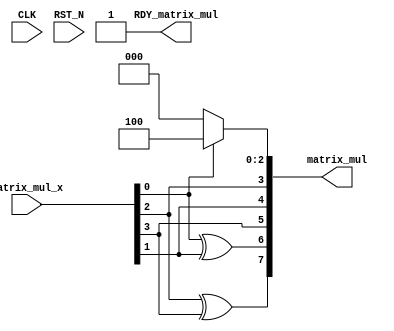
//
// Generated by Bluespec Compiler, version 2014.05.C (build 33930, 2014-05-28)
//
// On Tue Apr  3 21:19:46 IST 2018
//
//
// Ports:
// Name                         I/O  size props
// matrix_mul                     O     8
// RDY_matrix_mul                 O     1 const
// CLK                            I     1 unused
// RST_N                          I     1 unused
// matrix_mul_x                   I     4
//
// Combinational paths from inputs to outputs:
//   matrix_mul_x -> matrix_mul
//
//

`ifdef BSV_ASSIGNMENT_DELAY
`else
  `define BSV_ASSIGNMENT_DELAY
`endif

`ifdef BSV_POSITIVE_RESET
  `define BSV_RESET_VALUE 1'b1
  `define BSV_RESET_EDGE posedge
`else
  `define BSV_RESET_VALUE 1'b0
  `define BSV_RESET_EDGE negedge
`endif

module mkModuleDeepThought(CLK,
			   RST_N,

			   matrix_mul_x,
			   matrix_mul,
			   RDY_matrix_mul);
  input  CLK;
  input  RST_N;

  // value method matrix_mul
  input  [3 : 0] matrix_mul_x;
  output [7 : 0] matrix_mul;
  output RDY_matrix_mul;

  // signals for module outputs
  wire [7 : 0] matrix_mul;
  wire RDY_matrix_mul;

  // remaining internal signals
  wire [7 : 0] IF_matrix_mul_x_BIT_0_THEN_4_ELSE_0___d2;
  wire x__h3677, x__h4083;

  // value method matrix_mul
  assign matrix_mul =
	     { x__h4083 ^ matrix_mul_x[3],
	       x__h3677 ^ matrix_mul_x[1],
	       IF_matrix_mul_x_BIT_0_THEN_4_ELSE_0___d2[5] ^ matrix_mul_x[3],
	       IF_matrix_mul_x_BIT_0_THEN_4_ELSE_0___d2[4] ^ matrix_mul_x[1],
	       IF_matrix_mul_x_BIT_0_THEN_4_ELSE_0___d2[3] ^ matrix_mul_x[2],
	       IF_matrix_mul_x_BIT_0_THEN_4_ELSE_0___d2[2:0] } ;
  assign RDY_matrix_mul = 1'd1 ;

  // remaining internal signals
  assign IF_matrix_mul_x_BIT_0_THEN_4_ELSE_0___d2 =
	     matrix_mul_x[0] ? 8'd4 : 8'd0 ;
  assign x__h3677 =
	     IF_matrix_mul_x_BIT_0_THEN_4_ELSE_0___d2[6] ^ matrix_mul_x[0] ;
  assign x__h4083 =
	     IF_matrix_mul_x_BIT_0_THEN_4_ELSE_0___d2[7] ^ matrix_mul_x[2] ;
endmodule  // mkModuleDeepThought